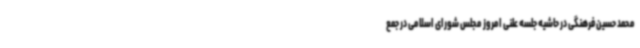
محمد حسین فرهنگی در حاشیه جلسه علنی امروز مجلس شورای اسلامی در جمع